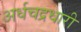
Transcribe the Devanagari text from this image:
अर्धचद्रधारी